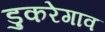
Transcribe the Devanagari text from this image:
डुकरेगाव